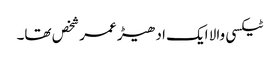
ٹیکسی والا ایک ادھیڑ عمر شخص تھا۔